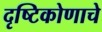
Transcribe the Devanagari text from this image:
दृष्टिकोणाचे